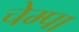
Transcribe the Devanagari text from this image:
चेम्पा